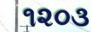
૧૨૦૩